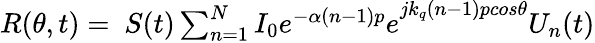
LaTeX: \begin{array}{r}{R(\theta,t)=\ S(t)\sum_{n=1}^{N}{{I_{0}e^{-\alpha(n-1)p}e}^{jk_{q}(n-1)pcos\theta}U_{n}(t)}}\end{array}